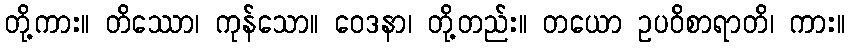
တို့ကား။ တိဿော၊ ကုန်သော။ ဝေဒနာ၊ တို့တည်း။ တယော ဥပဝိစာရာတိ၊ ကား။